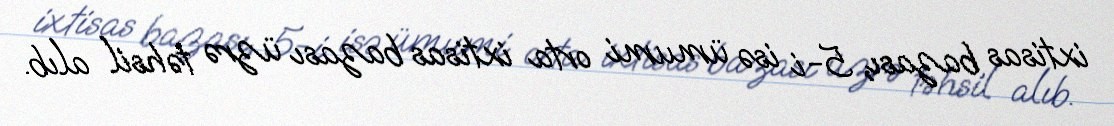
ixtisas bazası, 5-i isə ümumi orta ixtisas bazası üzrə təhsil alıb.